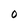
Character: 0